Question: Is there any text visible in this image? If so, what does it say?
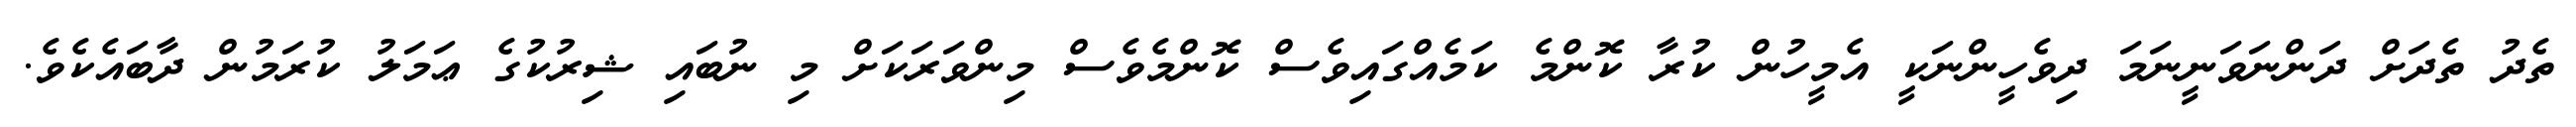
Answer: ތެދު ތެދަށް ދަންނަވަނީނަމަ ދިވެހީންނަކީ އެމީހުން ކުރާ ކޮންމެ ކަމެއްގައިވެސް ކޮންމެވެސް މިންވަރަކަށް މި ނުބައި ޝިރުކުގެ ޢަމަލު ކުރަމުން ދާބައެކެވެ.